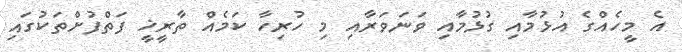
އެ މީހެއްގެ އުޅުމާއި ގުޅުމާއި ވަނަވަރާއި މި ހުރިހާ ކަމެއް ތާރީޚީ ފަތްފުށްތަކުގައި